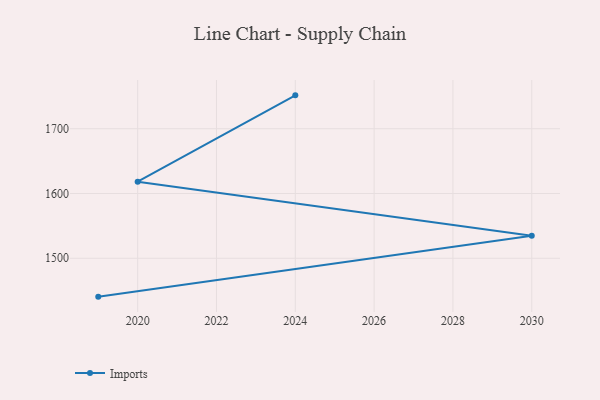
{"axis": {"x": "Year", "y": "Production Output"}, "legend": ["Imports"], "data": [{"x": "2019", "y": 1440.8, "type": "Imports"}, {"x": "2030", "y": 1534.7, "type": "Imports"}, {"x": "2020", "y": 1618.2, "type": "Imports"}, {"x": "2024", "y": 1751.5, "type": "Imports"}]}